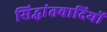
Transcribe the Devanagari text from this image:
सिद्धांतवादियों